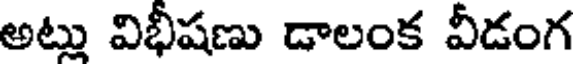
అట్లు విభీషణు డాలంక వీడంగ